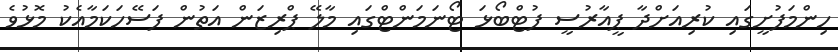
ހިންމަފުށީގައި ކުރިއަށްދާ ޕީއާރުސީ ފުޓްބޯޅަ ޓޯނަމަންޓްގައި މާލޭ ޕްރިޒަން އަތުން ފަސޭހަކަމާއެކު މޮޅުވެ